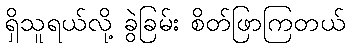
ရှိသူရယ်လို့ ခွဲခြမ်း စိတ်ဖြာကြတယ်